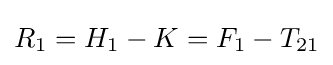
R_{1}=H_{1}-K=F_{1}-T_{21}